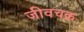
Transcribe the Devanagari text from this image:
जीवचक्र